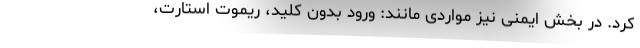
کرد. در بخش ایمنی نیز مواردی مانند: ورود بدون کلید، ریموت استارت،